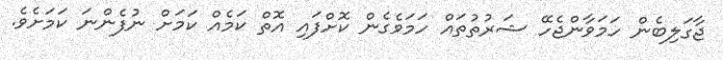
ޖާގަލިބެން ހަމަވާންޖެހޭ ޝަރުތުތައް ހަމަވެގެން ކޮށްފައި އޮތް ކަމެއް ކަމަށް ނުފެންނަ ކަމަށެވެ.